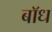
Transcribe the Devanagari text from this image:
बाॅध